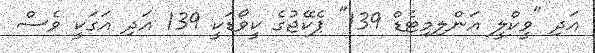
އަދި "ވީކްލީ އަންލިމިޓެޑް 139" ޕެކޭޖުގެ ކީވޯޑަކީ 139 އަދި އަގަކީ ވެސް